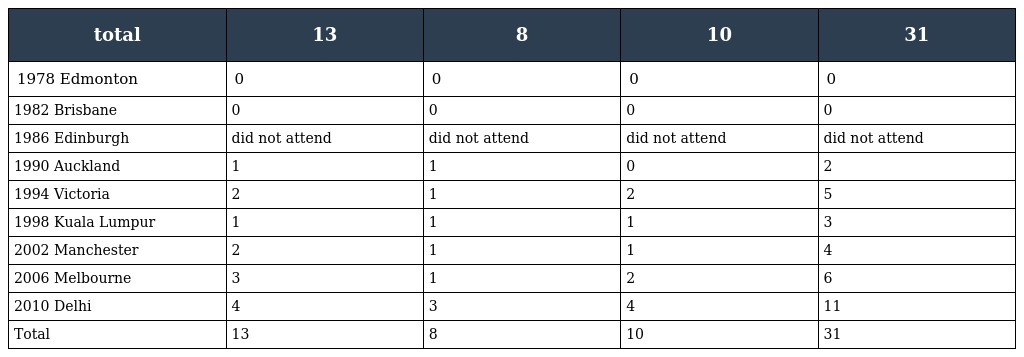
| total | 13 | 8 | 10 | 31 |
 | --- | --- | --- | --- | --- |
 | 1978 Edmonton | 0 | 0 | 0 | 0 |
 | 1982 Brisbane | 0 | 0 | 0 | 0 |
 | 1986 Edinburgh | did not attend | did not attend | did not attend | did not attend |
 | 1990 Auckland | 1 | 1 | 0 | 2 |
 | 1994 Victoria | 2 | 1 | 2 | 5 |
 | 1998 Kuala Lumpur | 1 | 1 | 1 | 3 |
 | 2002 Manchester | 2 | 1 | 1 | 4 |
 | 2006 Melbourne | 3 | 1 | 2 | 6 |
 | 2010 Delhi | 4 | 3 | 4 | 11 |
 | Total | 13 | 8 | 10 | 31 |